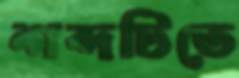
শব্দটিতে